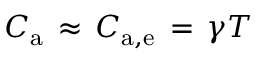
C _ { \mathrm { a } } \, \approx \, C _ { \mathrm { a , e } } \, = \, \gamma T